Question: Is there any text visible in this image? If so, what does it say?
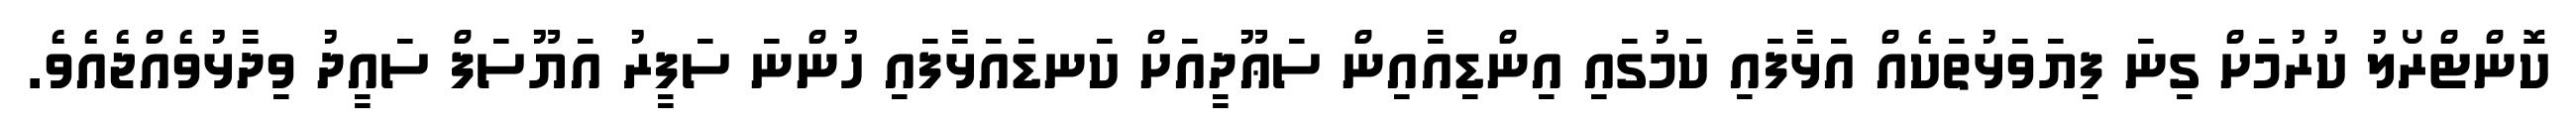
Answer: ކޮންޓްރޯލު ކުރުމަށް ގިނަ ފިޔަވަޅުތަކެއް އަޅާފައި ކަމުގައި އިންޑިއާއިން ސަޢޫދީއަށް ކަނޑައަޅާފައި ހުންނަ ސަފީރު އަޔޫސަފް ސައީދު ވިދާޅުވެއްޖެއެވެ.